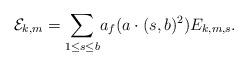
LaTeX: \begin{align*} \mathcal{E}_{k,m} = \underset{1 \leq s \leq b}\sum a_f(a \cdot (s,b)^2) E_{k,m,s}.\end{align*}